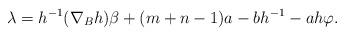
LaTeX: \begin{align*}\lambda= h^{-1}(\nabla_Bh)\beta+(m+n-1)a-bh^{-1}-ah\varphi.\end{align*}